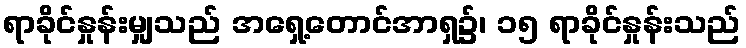
ရာခိုင်နှုန်းမျှသည် အရှေ့တောင်အာရှ၌၊ ၁၅ ရာခိုင်နှုန်းသည်